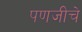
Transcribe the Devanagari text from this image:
पणजीचे